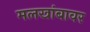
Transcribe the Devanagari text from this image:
मलखांबावर